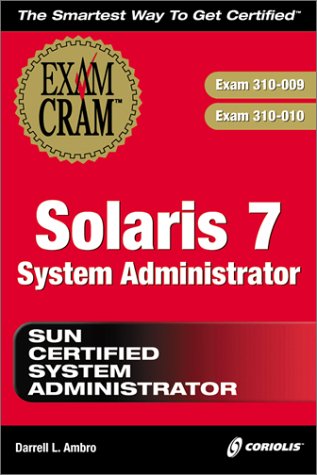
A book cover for Solaris 7 System Administrator Exam Cram (Exam: 310-009, 310-010); Darrell L. Ambro; Computers & Technology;